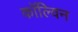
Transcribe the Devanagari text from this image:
काॅल्विन